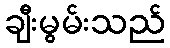
ချီးမွမ်းသည်